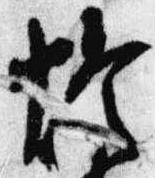
灯